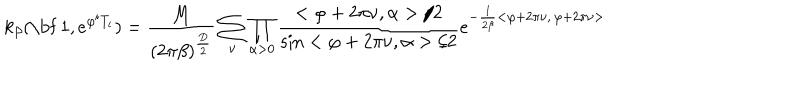
k _ { \beta } ( \mathrm { \bf ~ 1 } , e ^ { \varphi ^ { i } T _ { i } } ) = \frac { M } { ( 2 \pi \beta ) ^ { \frac { D } { 2 } } } \sum _ { \nu } \prod _ { \alpha > 0 } \frac { < \varphi + 2 \pi \nu , \alpha > / 2 } { \sin < \varphi + 2 \pi \nu , \alpha > / 2 } e ^ { - \frac { 1 } { 2 \beta } < \varphi + 2 \pi \nu , \, \varphi + 2 \pi \nu > }